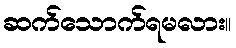
ဆက်သောက်ရမလား။